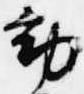
動